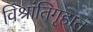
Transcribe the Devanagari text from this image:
विश्रांतिगृहात